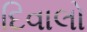
દિવાલો